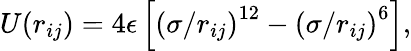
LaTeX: U(r_{ij})=4\epsilon\left[\left(\sigma/r_{ij}\right)^{12}-\left(\sigma/r_{ij}\right)^{6}\right],